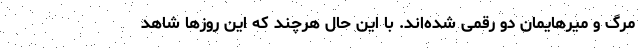
مرگ و میرهایمان دو رقمی شده‌اند. با این حال هرچند که این روزها شاهد